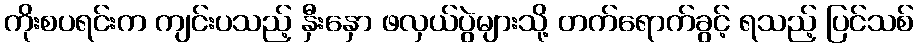
ကိုးစပရင်းက ကျင်းပသည့် နှီးနှော ဖလှယ်ပွဲများသို့ တက်ရောက်ခွင့် ရသည့် ပြင်သစ်